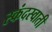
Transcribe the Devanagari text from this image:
स्कंदस्वाती